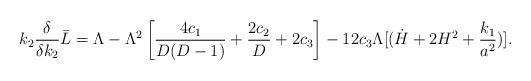
\begin{align*}k_2 {\delta \over \delta k_2} \bar{L} = \Lambda -\Lambda^2 \left [{4c_1 \over D(D-1)} +{2c_2 \over D} +2c_3 \right ] -12c_3 \Lambda [(\dot{H} +2H^2+{k_1 \over a^2}) ] .\end{align*}